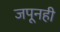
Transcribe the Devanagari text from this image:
जपूनही